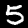
Label: 5